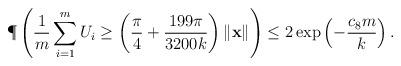
LaTeX: \begin{align*}\P\left( \frac{1}{m}\sum_{i=1}^m U_i \geq \left(\frac{\pi}{4}+\frac{199\pi}{3200k}\right)\|\mathbf{x}\| \right)\leq 2\exp\left(-\frac{c_8m}{k}\right).\end{align*}